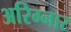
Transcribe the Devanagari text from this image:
अरिग्नार